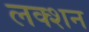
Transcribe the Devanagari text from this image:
लक्शन